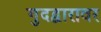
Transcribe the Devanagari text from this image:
गुदद्वारावर